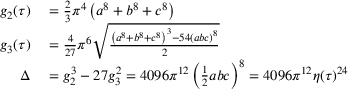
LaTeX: \begin{array} { r l } { g _ { 2 } ( \tau ) } & { { } = { \frac { 2 } { 3 } } \pi ^ { 4 } \left( a ^ { 8 } + b ^ { 8 } + c ^ { 8 } \right) } \\ { g _ { 3 } ( \tau ) } & { { } = { \frac { 4 } { 2 7 } } \pi ^ { 6 } { \sqrt { \frac { \left( a ^ { 8 } + b ^ { 8 } + c ^ { 8 } \right) ^ { 3 } - 5 4 \left( a b c \right) ^ { 8 } } { 2 } } } } \\ { \Delta } & { { } = g _ { 2 } ^ { 3 } - 2 7 g _ { 3 } ^ { 2 } = 4 0 9 6 \pi ^ { 1 2 } \left( { \frac { 1 } { 2 } } a b c \right) ^ { 8 } = 4 0 9 6 \pi ^ { 1 2 } \eta ( \tau ) ^ { 2 4 } } \end{array}